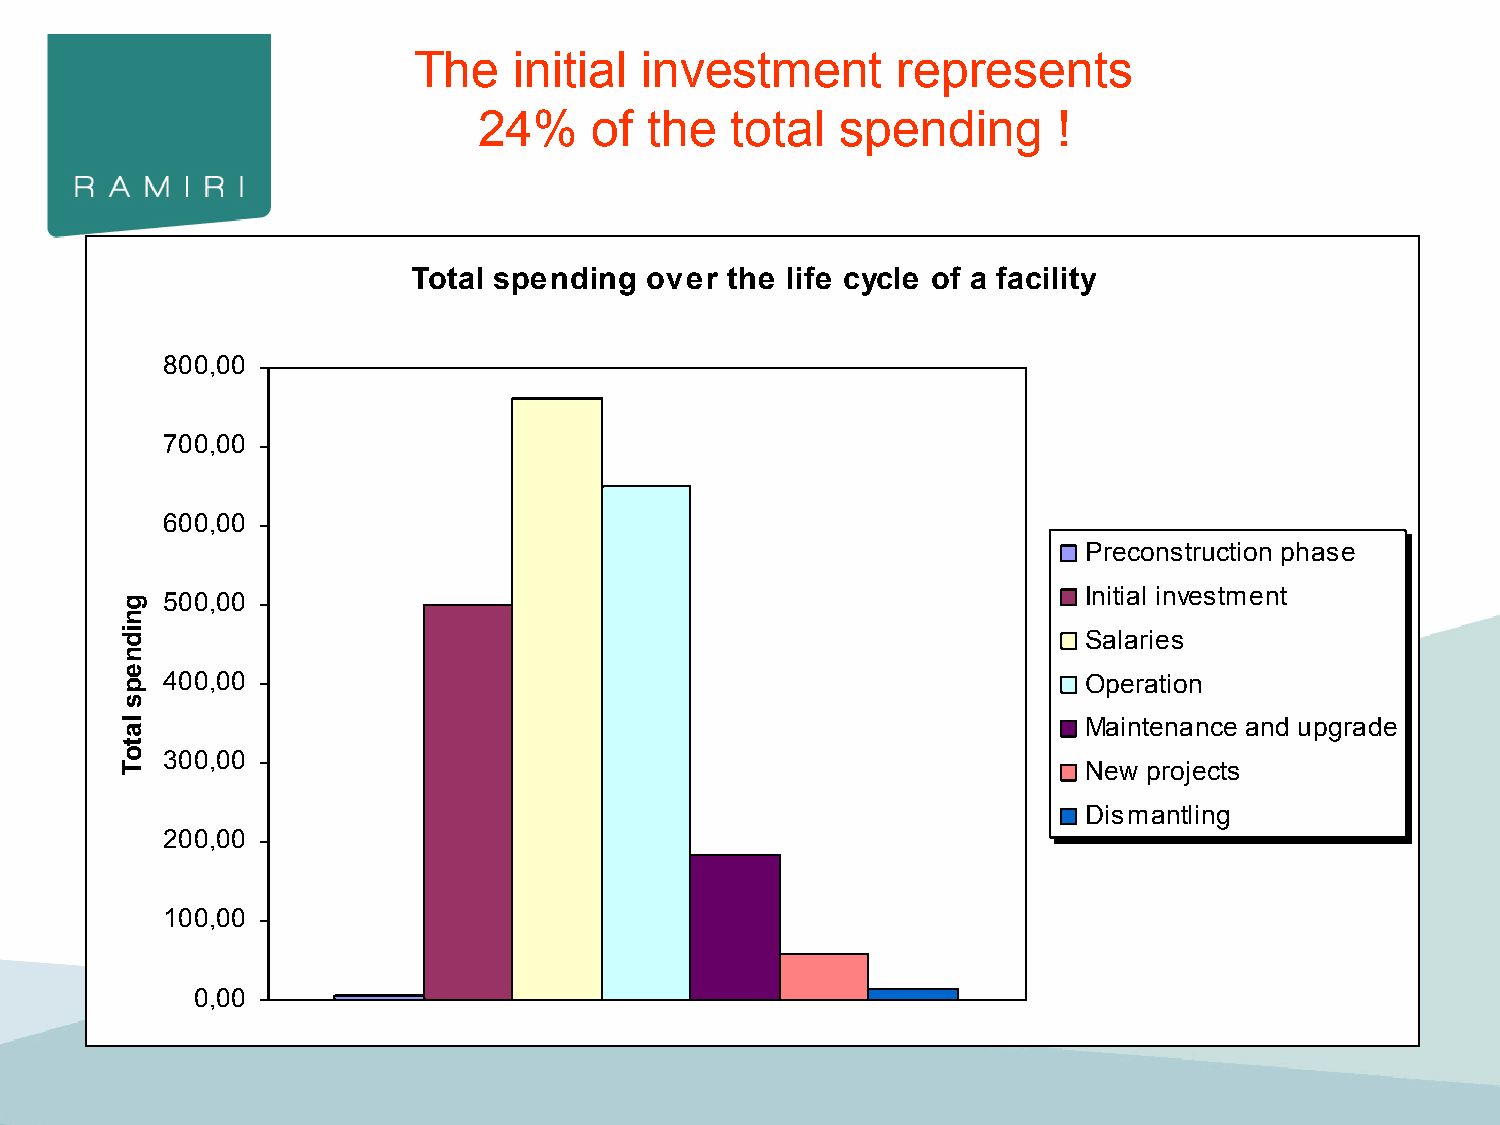
The    initial investment       represents
 24%    of  the  total   spending      !
 Total spending  over the life cycle of a facility
 800,00
 700,00
 600,00
 Preconstruction phase
 Initial investment
 500,00
 Salaries
 400,00                                                       Operation
 Maintenance and upgrade
 300,00
 New projects
 Dismantling
 200,00
 100,00
 0,00
 gnidneps
 latoT